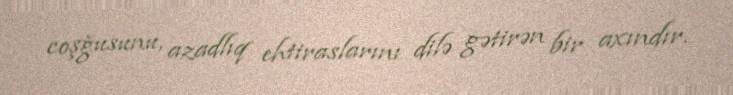
coşğusunu, azadlıq ehtiraslarını dilə gətirən bir axındır.